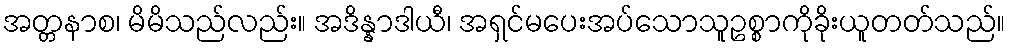
အတ္တနာစ၊ မိမိသည်လည်း။ အဒိန္နာဒါယီ၊ အရှင်မပေးအပ်သောသူဥစ္စာကိုခိုးယူတတ်သည်။